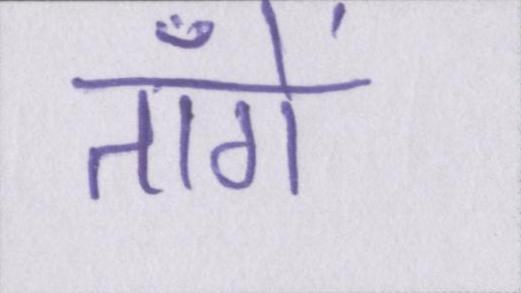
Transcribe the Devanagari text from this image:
ताँगे